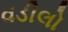
વડીલો